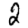
Digit: 2